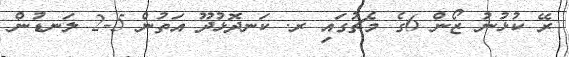
ރޭ ކުޅުނު ޒޯން 6ގެ މެޗުގައި ރ. ކަނދޮޅުދޫ އަތުން 5-2 ލަނޑުން